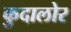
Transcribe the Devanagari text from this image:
कुदालोर